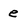
Character: e